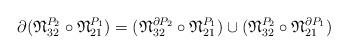
LaTeX: \begin{align*}\partial(\frak N_{32}^{P_2} \circ \frak N_{21}^{P_1})=(\frak N_{32}^{\partial P_2} \circ \frak N_{21}^{P_1})\cup(\frak N_{32}^{P_2} \circ \frak N_{21}^{\partial P_1})\end{align*}